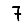
Digit: 7